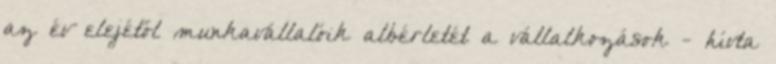
az év elejétől munkavállalóik albérletét a vállalkozások - hívta